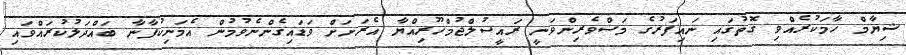
ޝިޔާމް ހާމަކުރެއްވި ގޮތުގައި ނައިފަރުގެ މަސްވެރިންވަނީ ރައީސުލްޖުމްހޫރިއްޔާ އެރަށަށް ވަޑައިގެންނެވުމުން އެމަނިކުފާނާ ބައްދަލުކުރައްވައި